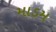
માડમ